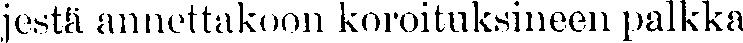
jestä annettakoon koroituksineen palkka